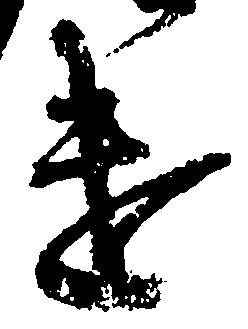
遣